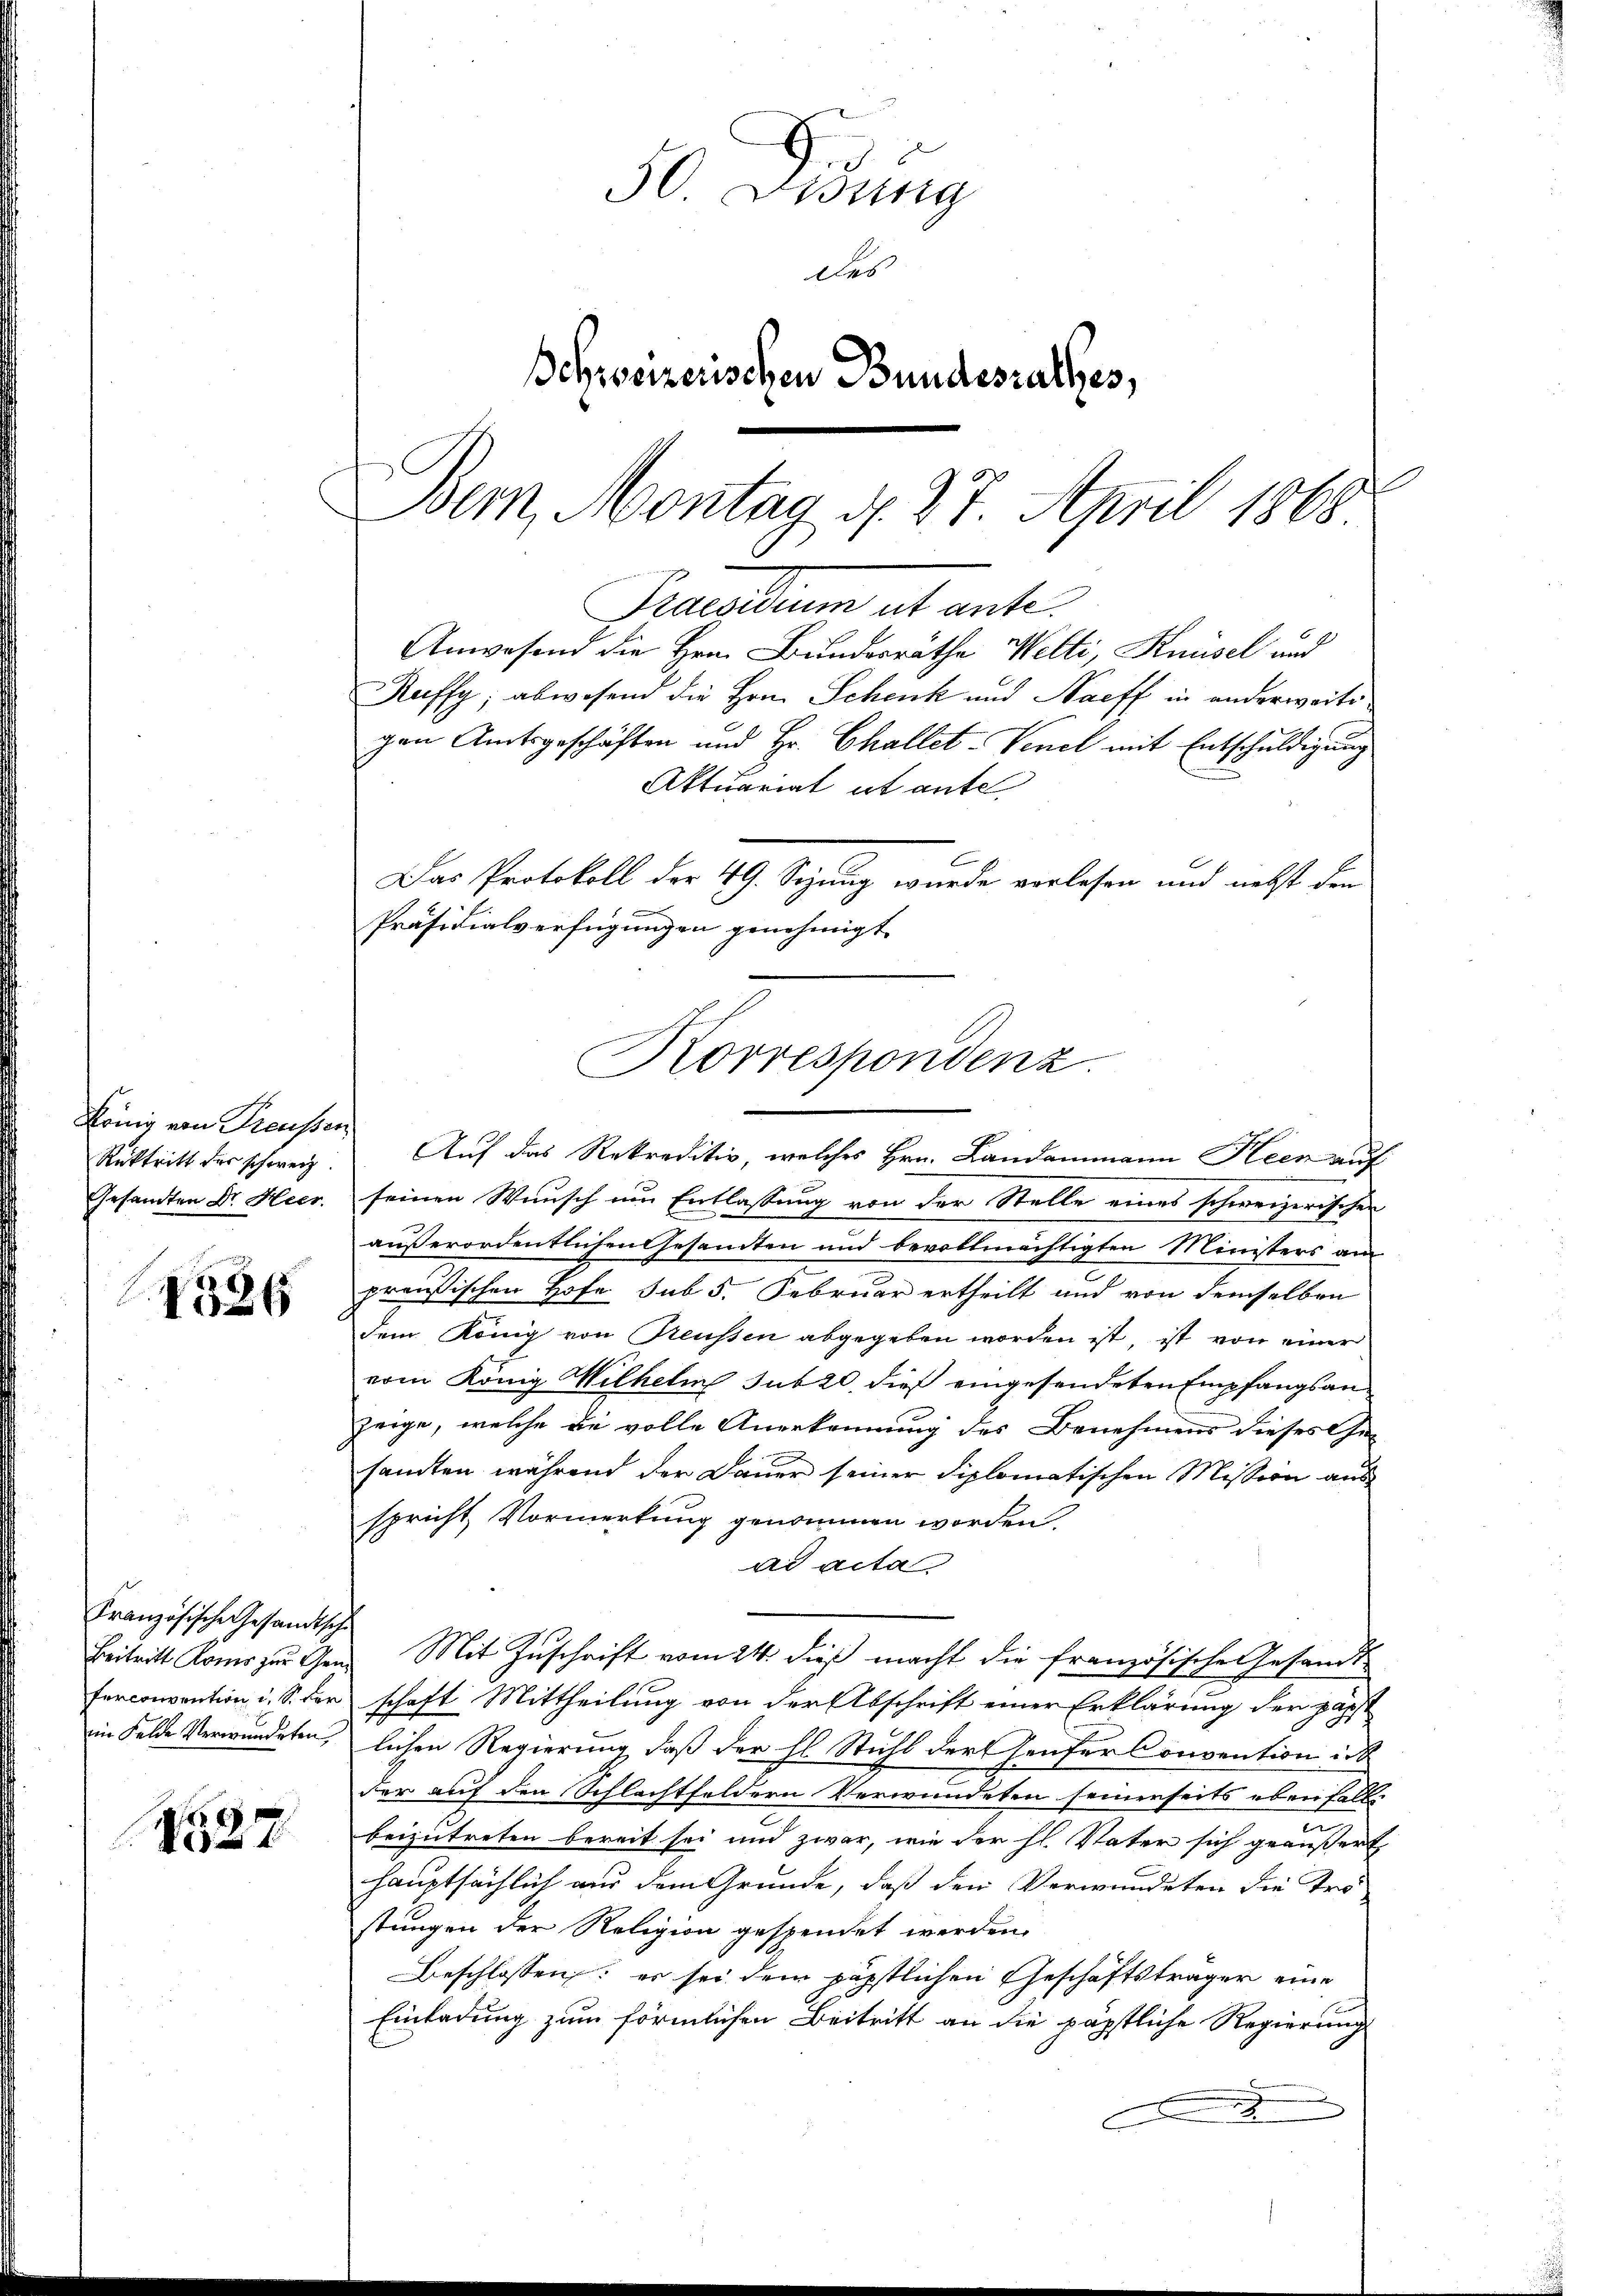
König von Treussen
Rücktritt der schweiz.
Gesandten Dr. Heer.

2
1526

Französische Gesandtsche
Beitritt Konis zur Gene
ferconvention i. S. der
im Felde Verwundeten

27

50 Didung
des
Schweizerischen Bundesrathes,
Bem, Montag d. 27. April 1868

Pocatum et ante.
Anwesend die Hrn. Bundesrathe Welti, Knüsel und

Korrespondenz

gen Amtsgeschäften und Hr. Challet. Venel mit Entschuldigung
Aktuariat it ante

E

Kuffy; abwesend die Hrn. Schenk und Haeff in anderweite
Das Protokoll der 49. Sizung wurde vorlesen und nebst den
Präsidialverfügungen genehmigt.

Auf das Rekreditiv, welches Hrn. Landammann Heer auf
seinen Wunsch um Entlassung von der Stelle eines schweizerischen
außerordentlichen Gesamten und bevollmächtigten Ministers am
preußischen Hofe sub 5. Februar ertheilt und von demselben
dem König von Reußen abgegeben worden ist, ist von einer
vom König Wilhelm sub 20, dieß eingesendeten Empfangsanzeige, welche die volle Anerkennung des Benehmens dieses Gesamten während der Dauer seiner diplomatischen Mission aus
spricht Vormerkung genommen worden.
ad acta
Mit Zuschrift vom 24. dieß macht die französische Gesandt
schaft Mittheilung von der Abschrift einer Erklärung der päpst
lichen Regierung daß der hl. Stuhl der Genfer Convention ist
der auf den Schlachtfeldern Verwundeten seinerseits ebenfall
beizutreten bereit sei und zwar, wie der hl. Vater sich geäußert
hauptsächlich aus dem Grunde, daß den Verwundeten die Tristungen der Religion gespendet werden.
Beschlossen: es sei dem päpstlichen Geschäftsträger eine
Einladung zum förmlichen Beitritt an die päpstliche Regierung
.